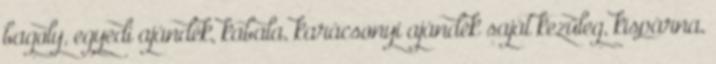
bagoly, egyedi ajándék, kabala, karácsonyi ajándék saját kezűleg, kispárna,